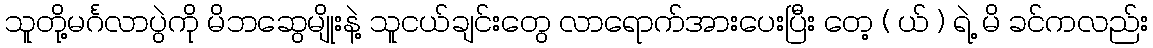
သူတို့မင်္ဂလာပွဲကို မိဘဆွေမျိုးနဲ့ သူငယ်ချင်းတွေ လာရောက်အားပေးပြီး တေ့ ( ယ် ) ရဲ့ မိ ခင်ကလည်း